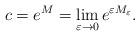
LaTeX: \begin{align*}c = e^M= \lim_{\varepsilon \rightarrow 0} e^{\varepsilon M_\varepsilon}.\end{align*}